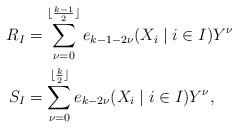
LaTeX: \begin{align*}R_I &= \sum_{\nu=0}^{\lfloor \frac{k-1}{2} \rfloor} e_{k-1-2\nu}(X_i \mid i\in I)Y^\nu \\S_I &= \sum_{\nu=0}^{\lfloor \frac{k}{2} \rfloor} e_{k-2\nu}(X_i \mid i\in I)Y^\nu,\end{align*}